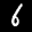
Label: 6